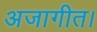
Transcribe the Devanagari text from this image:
अजागीत।